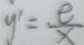
y ^ { \prime } = \frac { e } { x }